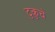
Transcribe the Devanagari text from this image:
टुकुचे